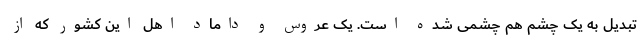
تبدیل به یک چشم هم چشمی شده است. یک عروس و داماد اهل این کشور که از